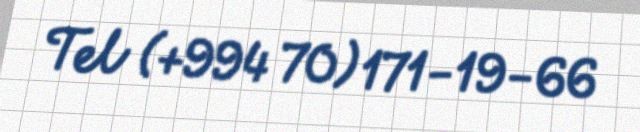
Tel (+994 70) 171-19-66